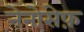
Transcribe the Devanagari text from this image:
नेनोसेफ़